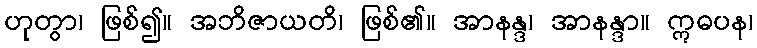
ဟုတွာ၊ ဖြစ်၍။ အဘိဇာယတိ၊ ဖြစ်၏။ အာနန္ဒ၊ အာနန္ဒာ။ ဣဓပန၊